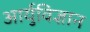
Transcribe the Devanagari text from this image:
आर्युविज्ञान